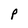
Character: p